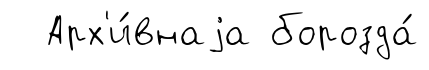
Арх'и́внаjа борозда́